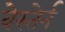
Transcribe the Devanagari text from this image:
वेस्तेर्न